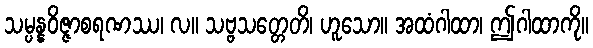
သမ္ပန္နဝိဇ္ဇာစရဏဿ၊ လ။ သဗ္ဗသတ္တေတိ၊ ဟူသော။ အထံဂါထာ၊ ဤဂါထာကို။